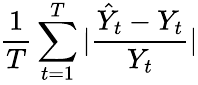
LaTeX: \frac{1}{T}\sum_{t=1}^{T}|\frac{\hat{Y}_{t}-Y_{t}}{Y_{t}}|